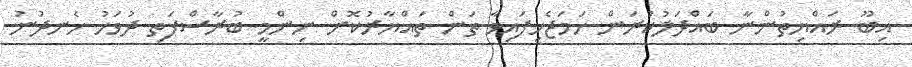
އިބޫ ރައްޔިތުންނާ ބައްދަލުކުރަން ހަމަޖެހިފައިވާ ތަން ތައްޔާރުކޮށް ނިންމީ ބުރާސްފަތި ދުވަހު ހެނދުނު